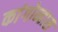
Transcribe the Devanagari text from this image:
कांगोन्हास